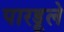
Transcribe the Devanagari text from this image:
पारडूले